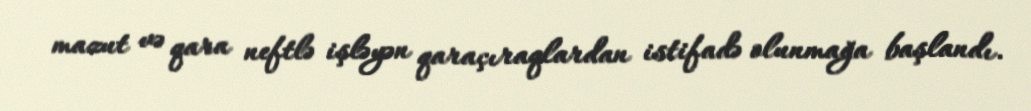
mazut və qara neftlə işləyən qaraçıraqlardan istifadə olunmağa başlandı.